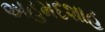
અહમદશાહ